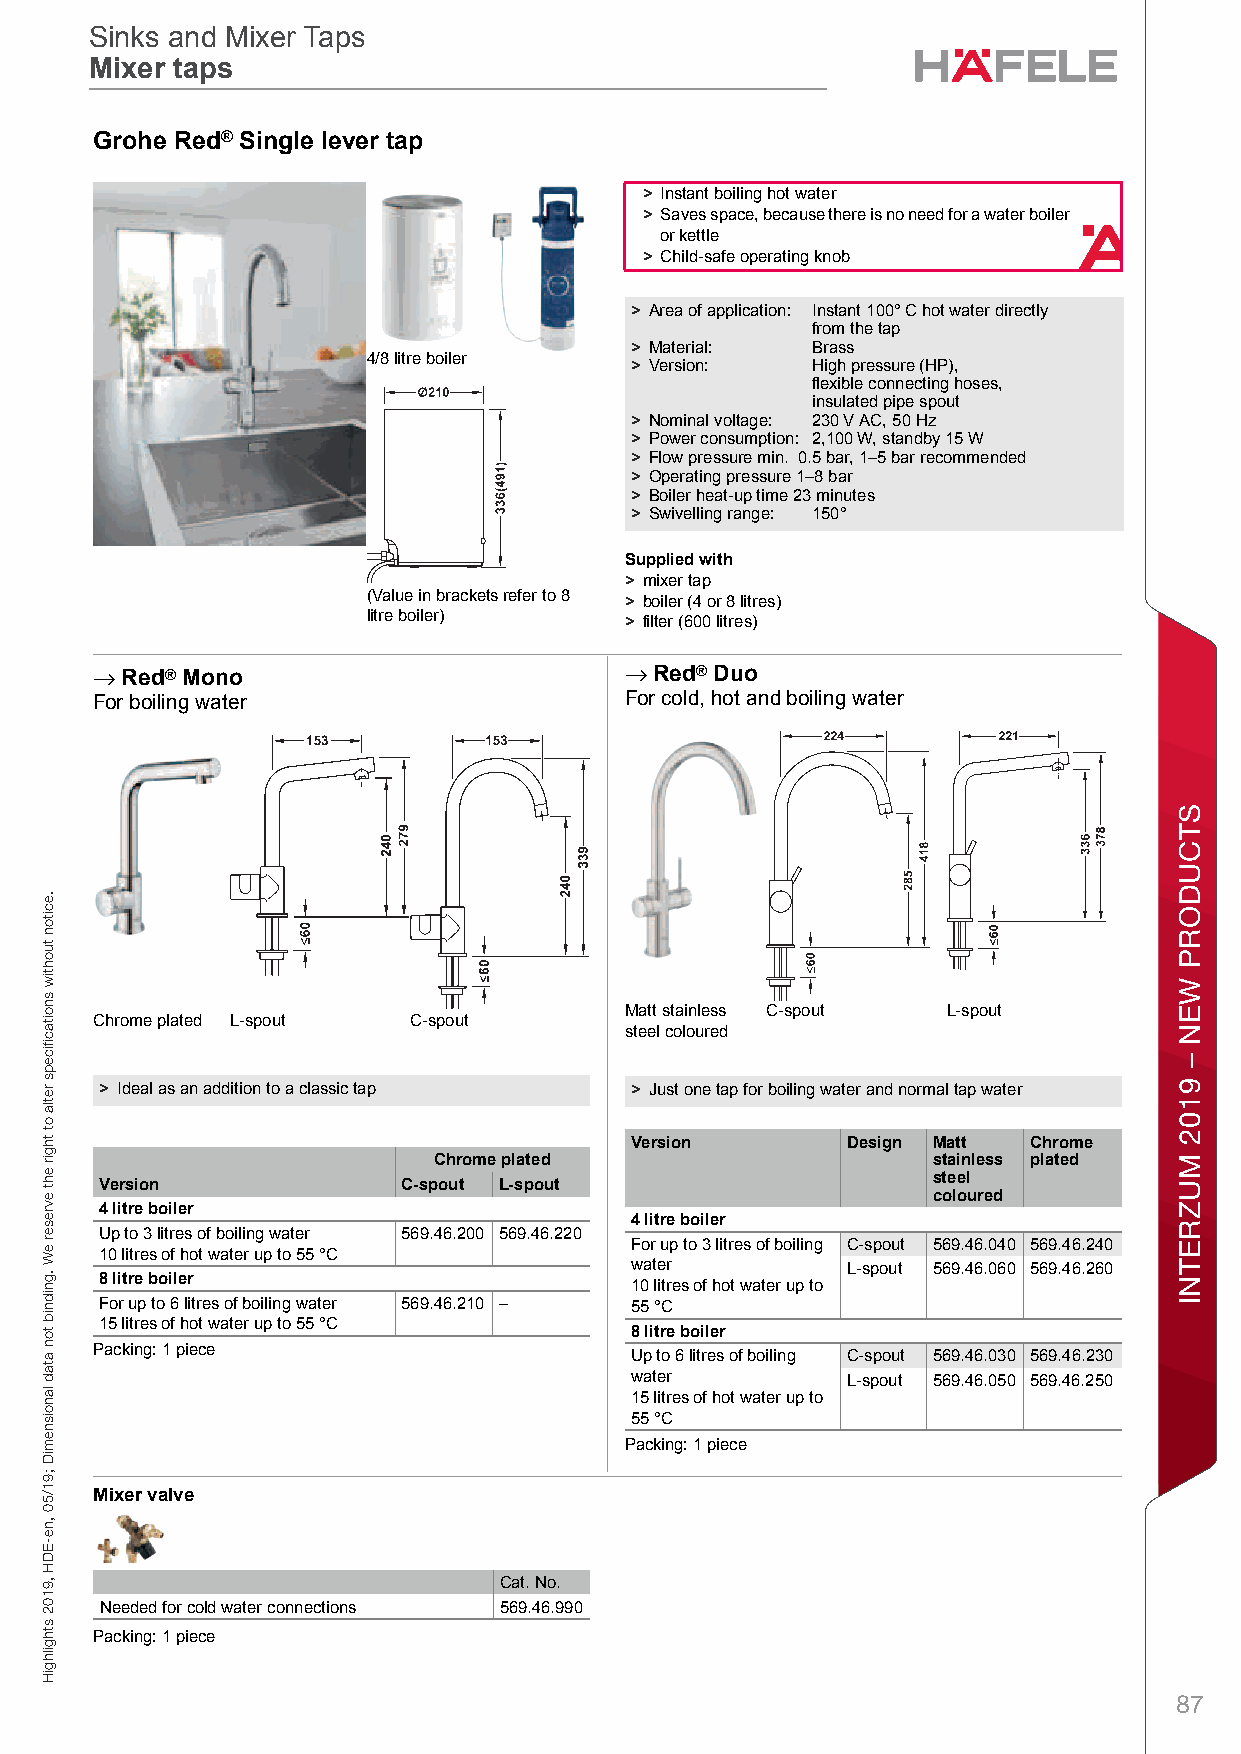
Sinks and Mixer Taps
 Sinks and Mixer Taps
 Mixer taps
 Mixer taps
 SGinks and rMixero TapsSinhks and Meixer Ta psMRixer tapse – / Pladnning an®d Con struSctionDimiensnional datga not binldinge. We re serlve tehe rightv to altere specificration s wtithouat noticep.
 > Instant boiling hot water
 > Saves space, because there is no need for a water boiler
 or kettle
 > Child-safe operating knob
 > Area of application: Instant 100° C hot water directly
 from the tap
 > Material: Brass
 4/8 litre boiler
 > Version:  High pressure (HP),
 flexible connecting hoses,
 insulated pipe spout
 > Nominal voltage: 230 V AC, 50 Hz
 > Power consumption: 2,100 W, standby 15 W
 > Flow pressure min. 0.5 bar, 1–5 bar recommended
 > Operating pressure 1–8 bar
 > Boiler heat-up time 23 minutes
 > Swivelling range: 150°
 Supplied with
 > mixer tap
 (Value in brackets refer to 8 > boiler (4 or 8 litres) 7
 litre boiler)    > filter (600 litres)
 → Red® Mono                        → Red® Duo
 For boiling water                  For cold, hot and boiling water
 Matt stainless C-spout L-spout
 Chrome plated L-spout C-spout
 steel coloured
 > Ideal as an addition to a classic tap > Just one tap for boiling water and normal tap water
 Version       Design Matt Chrome
 Chrome plated                    stainless plated
 steel
 Version             C-spout L-spout
 coloured
 4 litre boiler
 4 litre boiler
 Up to 3 litres of boiling water 569.46.200 569.46.220
 10 litres of hot water up to 55 °C For up to 3 litres of boiling C-spout 569.46.040 569.46.240
 water         L-spout 569.46.060 569.46.260
 8 litre boiler
 10 litres of hot water up to
 For up to 6 litres of boiling water 569.46.210 – 55 °C
 15 litres of hot water up to 55 °C
 8 litre boiler
 Packing: 1 piece                    Up to 6 litres of boiling C-spout 569.46.030 569.46.230
 water         L-spout 569.46.050 569.46.250
 15 litres of hot water up to
 55 °C
 Packing: 1 piece
 Mixer valve
 Cat. No.
 Needed for cold water connections 569.46.990
 Packing: 1 piece
 87
 .eciton
 tuohtiw
 snoitacfiiceps
 retla
 ot
 thgir
 eht
 evreser
 eW
 .gnidnib
 ton
 atad
 lanoisnemiD
 ;91/50
 ,ne-EDH
 ,9102
 sthgilhgiH
 spaT
 rexiM
 dna
 skniS
 STCUDORP
 WEN
 –
 9102
 MUZRETNI